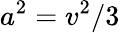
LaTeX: a^{2}=v^{2}/3